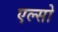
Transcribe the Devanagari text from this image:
एल्सो